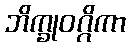
ဘိက္ခုဝဂ္ဂိကာ